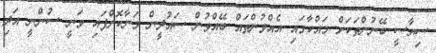
ސިޔާސީ ބޭނުންތަކަށް މައްކާގައި އެއްވުންތައް ބޭއްވުން ސައުދީން މަނާކޮށްފައި ވަނީ ސުންނީ އަދި